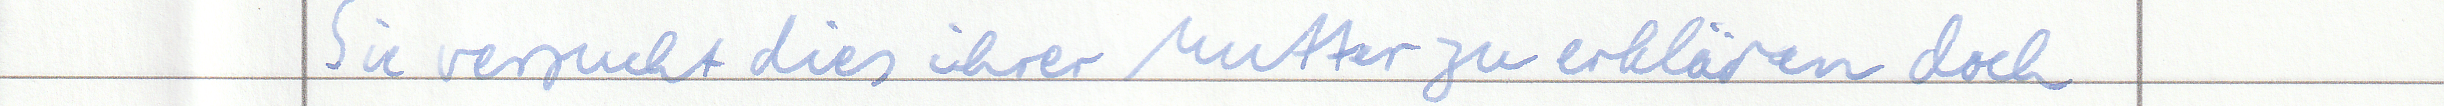
Sie versucht dies ihrer Mutter zu erklären doch